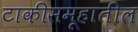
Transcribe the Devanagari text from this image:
टाकीसमूहातील